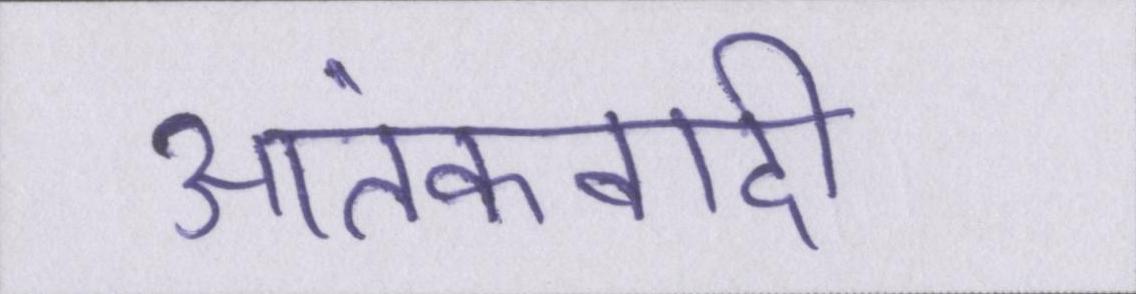
आतंकवादी